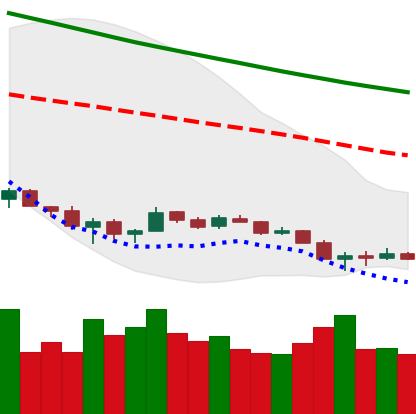
Ticker: ETH-USD
Chart end date: 2018-12-10
Forward return: -7.902%
Label: down_7plus